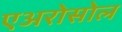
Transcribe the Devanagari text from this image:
एअरोसोल